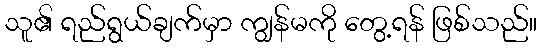
သူ၏ ရည်ရွယ်ချက်မှာ ကျွန်မကို တွေ့ရန် ဖြစ်သည်။